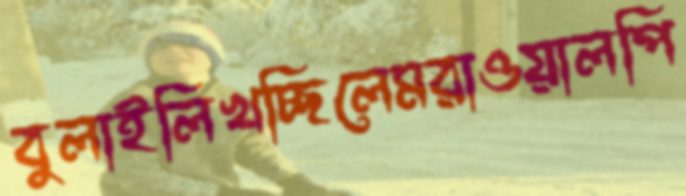
বুলাইলিখচ্ছিলেমরাওয়ালপি